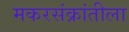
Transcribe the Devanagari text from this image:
मकरसंक्रांतीला